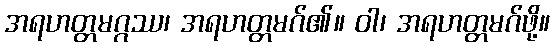
အရဟတ္တမဂ္ဂဿ၊ အရဟတ္တမဂ်၏။ ဝါ၊ အရဟတ္တမဂ်ဖို့။